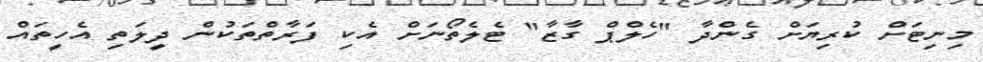
މިނިޓަށް ކުރިޔަށް ގެންދާ "ހެލްޕް ގާޒާ" ޓެލެތޯނަށް އެކި ފަރާތްތަކުން ދީލަތި އެހީތައް